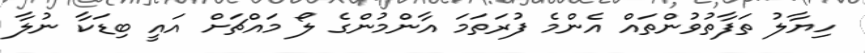
ހިޔާލު ތަފާތުވުންތައް އެންމެ ފުރަތަމަ އާންމުންގެ ލޯ މައްޗަށް އައީ ބިޑަކާ ނުލާ